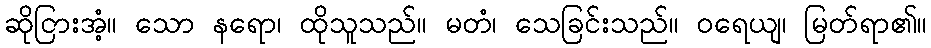
ဆိုငြားအံ့။ သော နရော၊ ထိုသူသည်။ မတံ၊ သေခြင်းသည်။ ဝရေယျ၊ မြတ်ရာ၏။